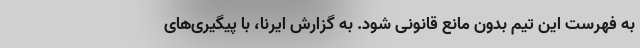
به فهرست این تیم بدون مانع قانونی شود. به گزارش ایرنا، با پیگیری‌های